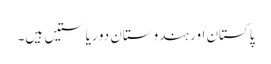
پاکستان اور ہندوستان دو ریاستیں ہیں۔